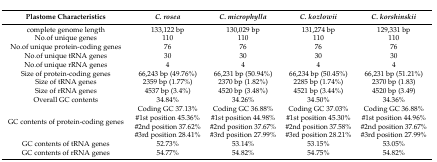
<table><thead><tr><td><b>Plastome Characteristics</b></td><td><b><i>C. rosea</i></b></td><td><b><i>C. microphylla</i></b></td><td><b><i>C. kozlowii</i></b></td><td><b><i>C. korshinskii</i></b></td></tr></thead><tbody><tr><td>complete genome length</td><td>133,122 bp</td><td>130,029 bp</td><td>131,274 bp</td><td>129,331 bp</td></tr><tr><td>No.of unique genes</td><td>110</td><td>110</td><td>110</td><td>110</td></tr><tr><td>No.of unique protein-coding genes</td><td>76</td><td>76</td><td>76</td><td>76</td></tr><tr><td>No.of unique tRNA genes</td><td>30</td><td>30</td><td>30</td><td>30</td></tr><tr><td>No.of unique rRNA genes</td><td>4</td><td>4</td><td>4</td><td>4</td></tr><tr><td>Size of protein-coding genes</td><td>66,243 bp (49.76%)</td><td>66,231 bp (50.94%)</td><td>66,234 bp (50.45%)</td><td>66,231 bp (51.21%)</td></tr><tr><td>Size of tRNA genes</td><td>2359 bp (1.77%)</td><td>2370 bp (1.82%)</td><td>2285 bp (1.74%)</td><td>2370 bp (1.83)</td></tr><tr><td>Size of rRNA genes</td><td>4537 bp (3.4%)</td><td>4520 bp (3.48%)</td><td>4521 bp (3.44%)</td><td>4520 bp (3.49)</td></tr><tr><td>Overall GC contents</td><td>34.84%</td><td>34.26%</td><td>34.50%</td><td>34.36%</td></tr><tr><td rowspan="4">GC contents of protein-coding genes </td><td>Coding GC 37.13% </td><td>Coding GC 36.88% </td><td>Coding GC 37.03% </td><td>Coding GC 36.88% </td></tr><tr><td>#1st position 45.36% </td><td>#1st position 44.98% </td><td>#1st position 45.30% </td><td>#1st position 44.96% </td></tr><tr><td>#2nd position 37.62% </td><td>#2nd position 37.67% </td><td>#2nd position 37.58% </td><td>#2nd position 37.67% </td></tr><tr><td>#3rd position 28.41%</td><td>#3rd position 27.99%</td><td>#3rd position 28.21%</td><td>#3rd position 27.99%</td></tr><tr><td>GC contents of tRNA genes</td><td>52.73%</td><td>53.14%</td><td>53.15%</td><td>53.05%</td></tr><tr><td>GC contents of rRNA genes</td><td>54.77%</td><td>54.82%</td><td>54.75%</td><td>54.82%</td></tr></tbody></table>